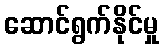
ဆောင်ရွက်နိုင်မှု